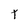
Character: T